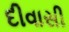
દીવાસી